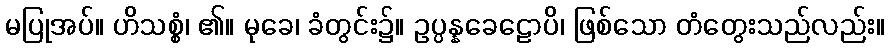
မပြုအပ်။ ဟိသစ္စံ၊ ၏။ မုခေ၊ ခံတွင်း၌။ ဥပ္ပန္နခေဠောပိ၊ ဖြစ်သော တံတွေးသည်လည်း။